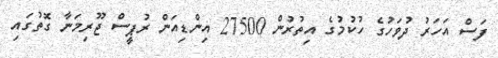
ފަސް އަހަރު ދުވަހުގެ ހުކުމުގެ އިތުރުން 27500 އިންޑިއަން ރުޕީސް ޖޫރިމަނާ ގޮތުގައި